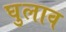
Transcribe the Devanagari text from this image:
घुलाव